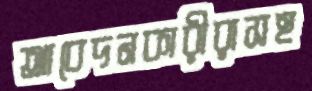
আবেদনকারীরাসহ